Annual report on the working of the lock hospitals in the Central Provinces
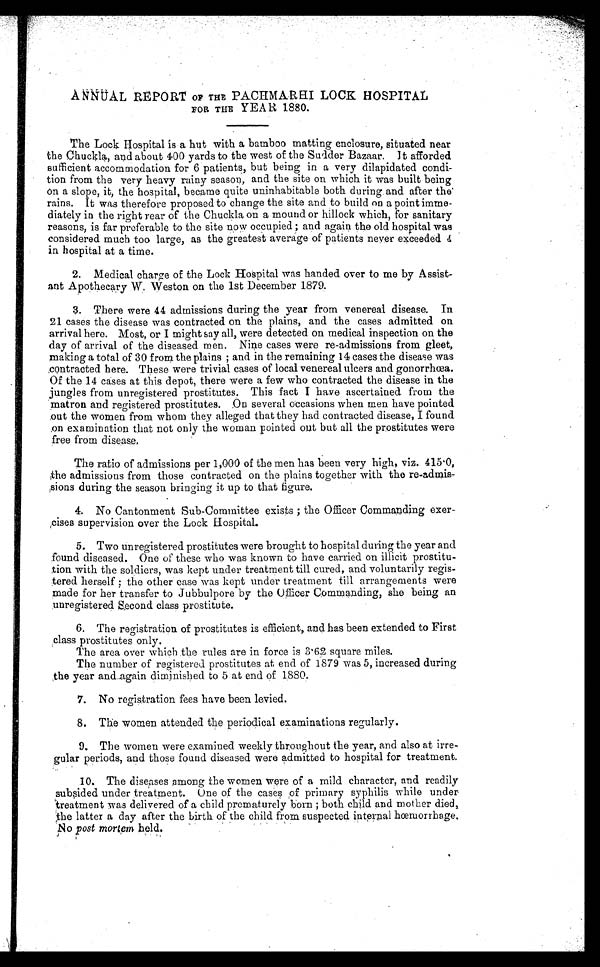
ANNUAL REPORT OF THE PACHMARHI LOCK HOSPITAL
FOR THE YEAR 1880.
The Lock Hospital is a hut with a bamboo matting enclosure, situated near
the Chuckla, and about 400 yards to the west of the Sudder Bazaar. It afforded
sufficient accommodation for 6 patients, but being in a very dilapidated condi
- t i o n f r o m t h e v e r y h e a v y r a i n y s e a s o n , a n d t h e s i t e o n w h i c h i t w a s b u i l t b e i n g
on a slope, it, the hospital, became quite uninhabitable both during and after the
rains. It was therefore proposed to change the site and to build on a point imme
- d i a t e l y i n t h e r i g h t r e a r o f t h e C h u c k l a o n a m o u n d o r h i l l o c k w h i c h , f o r s a n i t a r y
reasons, is far preferable to the site now occupied ; and again the old hospital was
considered much too large, as the greatest average of patients never exceeded 4
in hospital at a time.
2. Medical charge of the Lock Hospital was handed over to me by Assist
-ant Apothecary W. Weston on the 1st December 1879.
3. There were 44 admissions during the year from venereal disease. In
21 cases the disease was contracted on the plains, and the cases admitted on
arrival here. Most, or I might say all, were detected on medical inspection on the
day of arrival of the diseased men. Nine cases were re-admissions from gleet,
making a total of 30 from the plains ; and in the remaining 14 cases the disease was
contracted here. These were trivial cases of local venereal ulcers and gonorrhœa.
Of the 14 cases at this depot, there were a few who contracted the disease in the
jungles from unregistered prostitutes. This fact I have ascertained, from the
matron and registered prostitutes. On several occasions when men have pointed
out the women from whom they alleged that they had contracted disease, I found
on examination that not only the woman pointed out but all the prostitutes were
free from disease.
The ratio of admissions per 1,000 of the men has been very high, viz. 415.0,
the admissions from those contracted on the plains together with the re-admi
s-sions during the season bringing it up to that figure.
4. No Cantonment Sub-Committee exists ; the Officer Commanding exer-
cises supervision over the Lock Hospital.
5. Two unregistered prostitutes were brought to hospital during the year and
found diseased. One of these who was known to have carried on illicit prostitu-
tion with the soldiers, was kept under treatment till cured, and voluntarily regis-
tered herself ; the other case was kept under treatment till arrangements were
made for her transfer to Jubbulpore by the Officer Commanding, she being an
unregistered Second class prostitute.
6. The registration of prostitutes is efficient, and has been extended to First
class prostitutes only.
The area over which the rules are in force is 3.62 square miles.
The number of registered prostitutes at end of 1·879 was 5, increased during
the year and again diminished to 5 at end of 1880
.
7. No registration fees have been levied.
8. The women attended the periodical examinations regularly.
9. The women were examined weekly throughout the year, and also at irre
-gular periods, and those found diseased were admitted to hospital for treatment.
10. The diseases ,among the women were of a mild character, and readily
subsided under treatment. One of the cases of primary syphilis while under
treatment was delivered of a child prematurely born ; both child and mother died,
the latter a day after the birth of the child from suspected internal hœmorrhage,
No <i>post mortem</i> held.